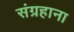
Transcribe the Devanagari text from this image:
संग्रहाना